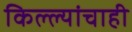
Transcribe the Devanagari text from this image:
किल्ल्यांचाही